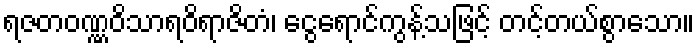
ရဇတဝဏ္ဏဝိသာရဝိရာဇိတံ၊ ငွေရောင်ကွန့်သဖြင့် တင့်တယ်စွာသော။